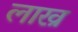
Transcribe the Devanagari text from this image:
लाख्र